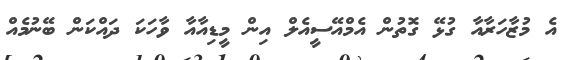
އެ މުޒާހަރާއާ ގުޅޭ ގޮތުން އެމްއޭސީއެލް އިން މީޑިއާއާ ވާހަކަ ދައްކަން ބޭނުމެއް